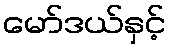
မော်ဒယ်နှင့်